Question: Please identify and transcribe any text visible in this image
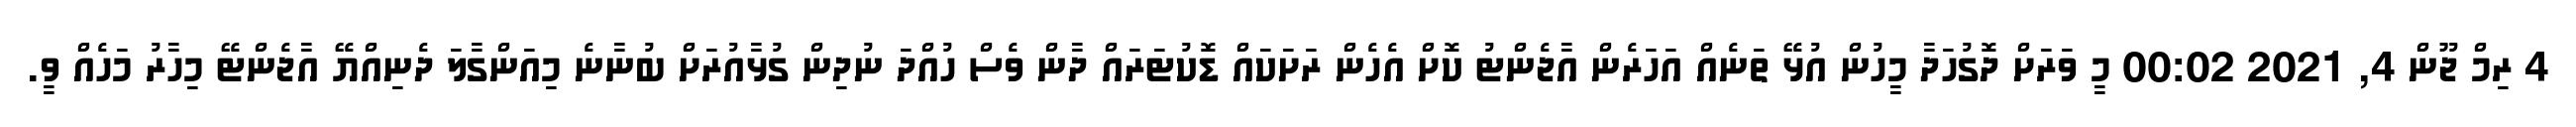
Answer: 4 ރިމް ޖޫން 4, 2021 00:02 މީ ވަރަށް ދޮގުހަދާ މީހުން އުޅޭ ތަނެއް އަހަރެން އާޖެންޓު ކޮށް އެހެން ރަށަކައް ޑޮކުޓަރައް ދާން ވެސް ހުއްދަ ނުދިން ގުޅާއުރަށް ބުނާނެ މިއަންގާލަ ދެނިއްޔޭ އާޖެންޓޭ މިހާރު މަހެއް ވީ.